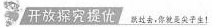
开放探究提优越过去，你就是尖子生！